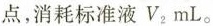
点，消耗标准液$$V _ { 2 } m L$$。